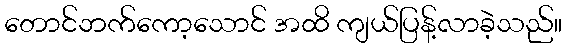
တောင်ဘက်ကော့သောင် အထိ ကျယ်ပြန့်လာခဲ့သည်။